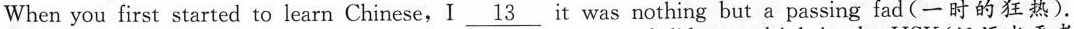
When you first started to learn Chinese,I \underline{13} it was nothing but a passing fad (一 时的狂热).